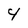
Character: 4